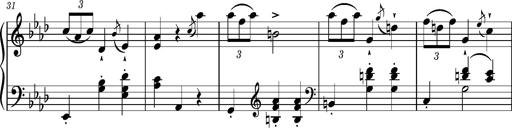
Title: Petite valse favorite
Composer: Franz Liszt
Key: A-flat major